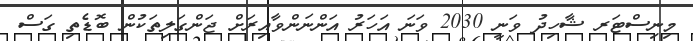
މިނިސްޓަރ ޝާހިދު ވަނީ 2030 ވަނަ އަހަރު އަންނަންވާއިރަށް ޖަންގަލިތަކުން ބޮޑެތި ގަސް